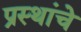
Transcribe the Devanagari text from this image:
प्रस्थांचे